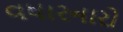
વધારનારો